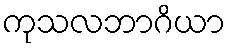
ကုသလဘာဂိယာ